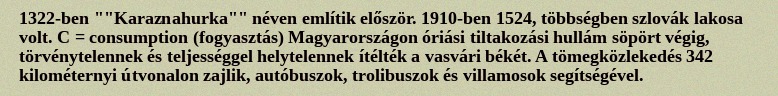
1322-ben ""Karaznahurka"" néven említik először. 1910-ben 1524, többségben szlovák lakosa volt. C = consumption (fogyasztás) Magyarországon óriási tiltakozási hullám söpört végig, törvénytelennek és teljességgel helytelennek ítélték a vasvári békét. A tömegközlekedés 342 kilométernyi útvonalon zajlik, autóbuszok, trolibuszok és villamosok segítségével.